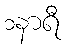
၁နာရီ